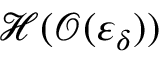
\mathcal { H } ( \mathcal { O } ( \varepsilon _ { \delta } ) )